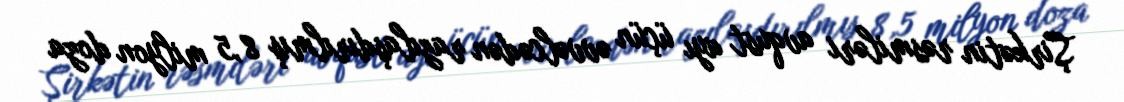
Şirkətin rəsmiləri avqust ayı üçün əvvəlcədən razılaşdırılmış 8,5 milyon doza